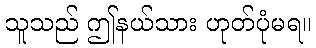
သူသည် ဤနယ်သား ဟုတ်ပုံမရ။